Madras plague regulations in force outside the Presidency town - Volume 1
Disease focus: Plague
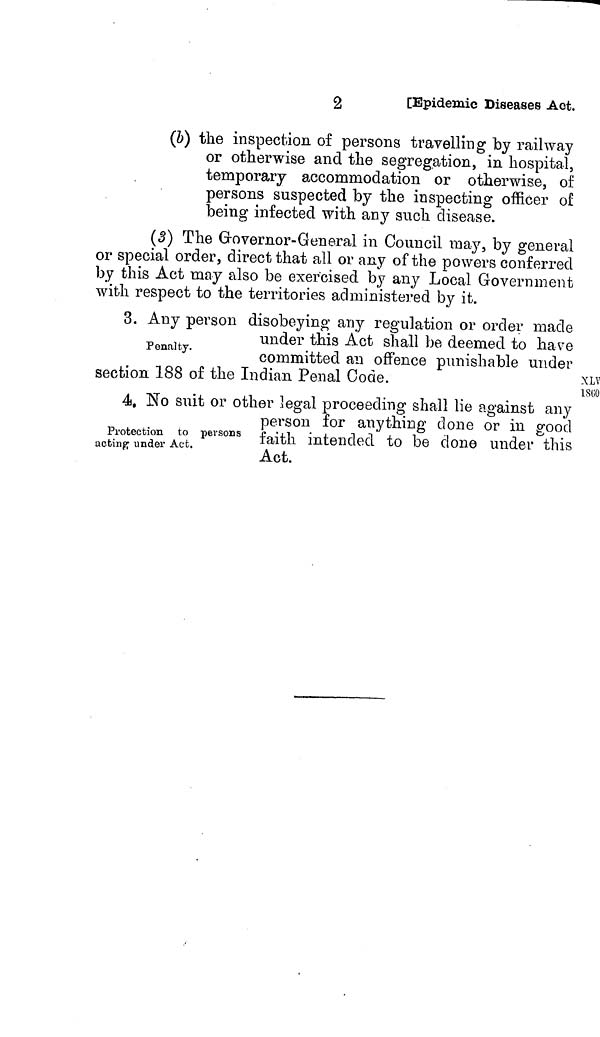
2
[Epidemic Diseases Act.
(b) the inspection of persons travelling by railway
or otherwise and the segregation, in hospital,
temporary accommodation or otherwise, of
persons suspected by the inspecting officer of
being infected with any such disease.
(3) The Governor-General in Council may, by general
or special order, direct that all or any of the powers conferred
by this Act may also be exercised by any Local Government
with respect to the territories administered by it.
3. Any person disobeying any regulation or order made
Penalty.
under this Act shall be deemed to have
committed an offence punishable under
XLV
l860
section 188 of the Indian Penal Code.
4, No suit or other legal proceeding shall lie against any
Protection to persons
acting under Act.
person for anything done or in good
faith intended to be clone under this
Act.